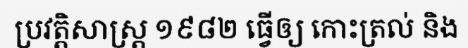
ប្រវត្តិសាស្ត្រ ១៩៨២ ធ្វើឲ្យ កោះត្រល់ និង